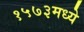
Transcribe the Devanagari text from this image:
१५७३मध्ये